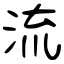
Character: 流